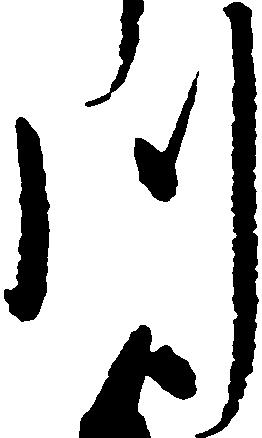
川